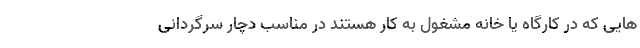
هایی که در کارگاه یا خانه مشغول به کار هستند در مناسب دچار سرگردانی